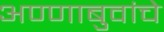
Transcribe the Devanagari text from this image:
अण्णाबुवांचे